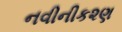
નવીનીક૨ણ